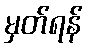
မှတ်ရန်